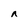
Character: n